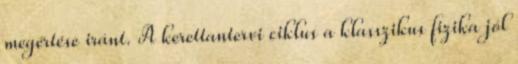
megértése iránt. A kerettantervi ciklus a klasszikus fizika jól